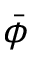
\bar { \phi }